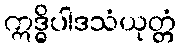
ဣဒ္ဓိပါဒသံယုတ္တံ